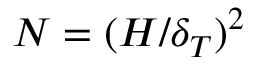
N = ( H / \delta _ { T } ) ^ { 2 }